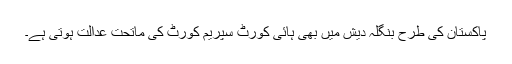
پاکستان کی طرح بنگلہ دیش میں بھی ہائی کورٹ سپریم کورٹ کی ماتحت عدالت ہوتی ہے۔